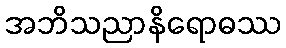
အဘိသညာနိရောဓဿ